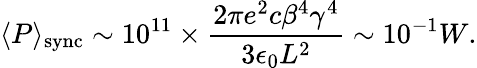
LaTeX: \langle P\rangle_{\mathrm{sync}}\sim 10^{11}\times\frac{2\pi e^{2}c\beta^{4}\gamma^{4}}{3\epsilon_{0}L^{2}}\sim 10^{-1}W.